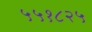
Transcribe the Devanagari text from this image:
५५१८२५